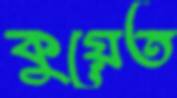
কুয়েত